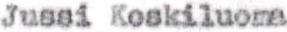
Jussi Koskiluoma